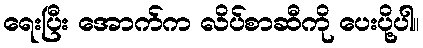
ရေးပြီး အောက်က လိပ်စာဆီကို ပေးပို့ပါ။